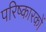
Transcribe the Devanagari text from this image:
परिष्कारकों